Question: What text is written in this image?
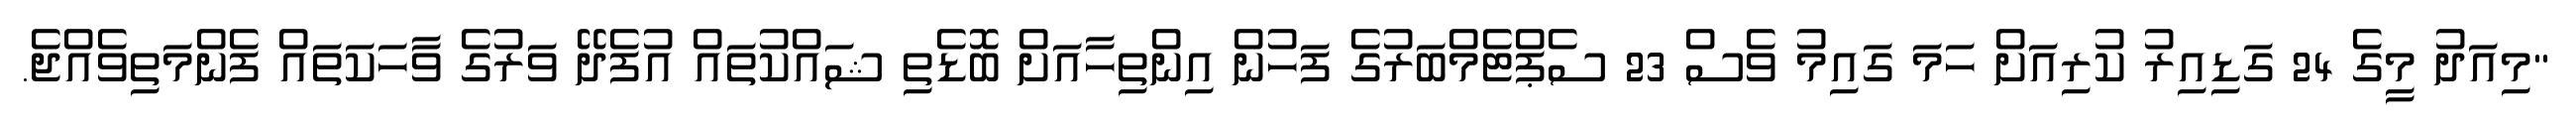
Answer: "މިއަދު މީގެ 24 ގަޑިއިރު ކުރިއަށް ހަމަ ގައިމު ވެސް 23 ސެޕްޓެމްބަރުގެ ފަހުން އިންތިހާއަށް ބޮޑެތި ޝައްކުތައް އުފެދޭ ވަރުގެ ވާހަކަތައް ފެންމަތިވެއްޖެ.